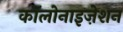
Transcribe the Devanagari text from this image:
कॉलोनाइज़ेशन